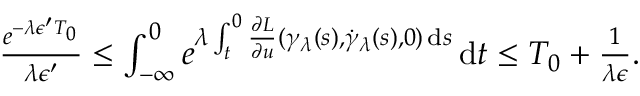
\begin{array} { r } { \frac { e ^ { - \lambda \epsilon ^ { \prime } T _ { 0 } } } { \lambda \epsilon ^ { \prime } } \leq \int _ { - \infty } ^ { 0 } e ^ { \lambda \int _ { t } ^ { 0 } \frac { \partial L } { \partial u } ( \gamma _ { \lambda } ( s ) , \dot { \gamma } _ { \lambda } ( s ) , 0 ) \, \mathrm { d } s } \, \mathrm { d } t \leq T _ { 0 } + \frac { 1 } { \lambda \epsilon } . } \end{array}